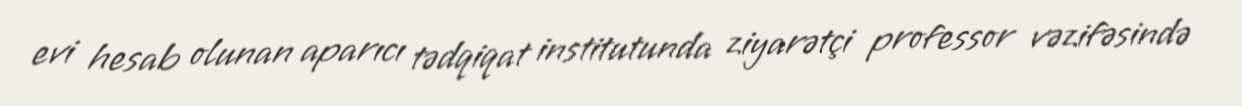
evi hesab olunan aparıcı tədqiqat institutunda ziyarətçi professor vəzifəsində